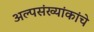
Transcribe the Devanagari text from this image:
अल्पसंख्यांकांचे